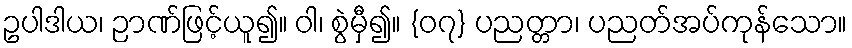
ဥပါဒါယ၊ ဉာဏ်ဖြင့်ယူ၍။ ဝါ၊ စွဲမှီ၍။ {၀၇} ပညတ္တာ၊ ပညတ်အပ်ကုန်သော။